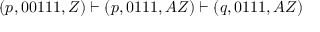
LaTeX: ( p , 0 0 1 1 1 , Z ) \vdash ( p , 0 1 1 1 , A Z ) \vdash ( q , 0 1 1 1 , A Z )